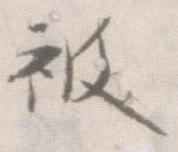
被